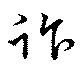
詐